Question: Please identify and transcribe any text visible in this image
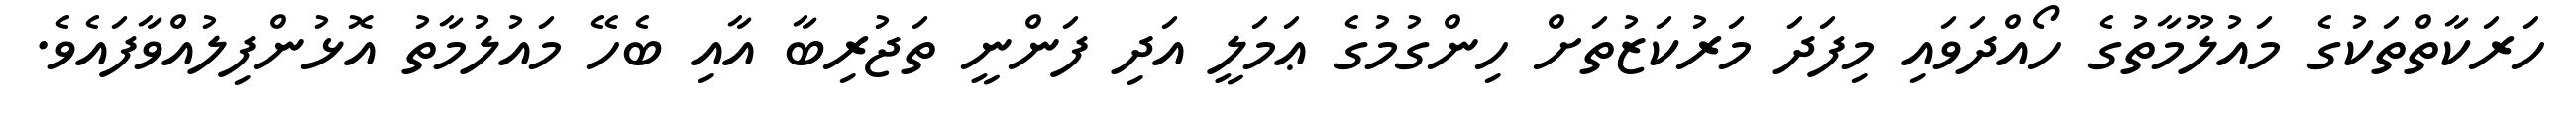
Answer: ހަރަކާތްތަކުގެ މައުލޫމާތުގެ ހޯއްދަވައި މިފަދަ މަރުކަޒުތަށް ހިންގުމުގެ ޢަމަލީ އަދި ފަންނީ ތަޖުރިބާ އާއި ބެހޭ މައުލުމާތު އޮޅުންފިލުއްވާފައެވެ.